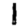
Digit: 1